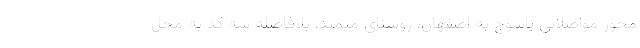
محور مواصلاتی یاسوج به اصفهان، روستای میمند، بلافاصله سه کد به محل